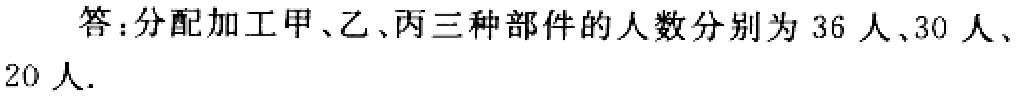
答：分配加工甲、乙、丙三种部件的人数分别为 36 人、30 人、20 人.